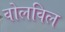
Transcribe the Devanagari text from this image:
वोलविल